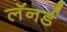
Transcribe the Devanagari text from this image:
लॅनर्ड